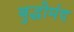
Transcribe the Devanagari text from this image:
बुद्धीमंद